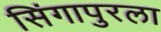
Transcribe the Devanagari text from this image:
सिंगापुरला